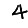
Digit: 4